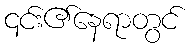
၎င်း၏နေရာတွင်